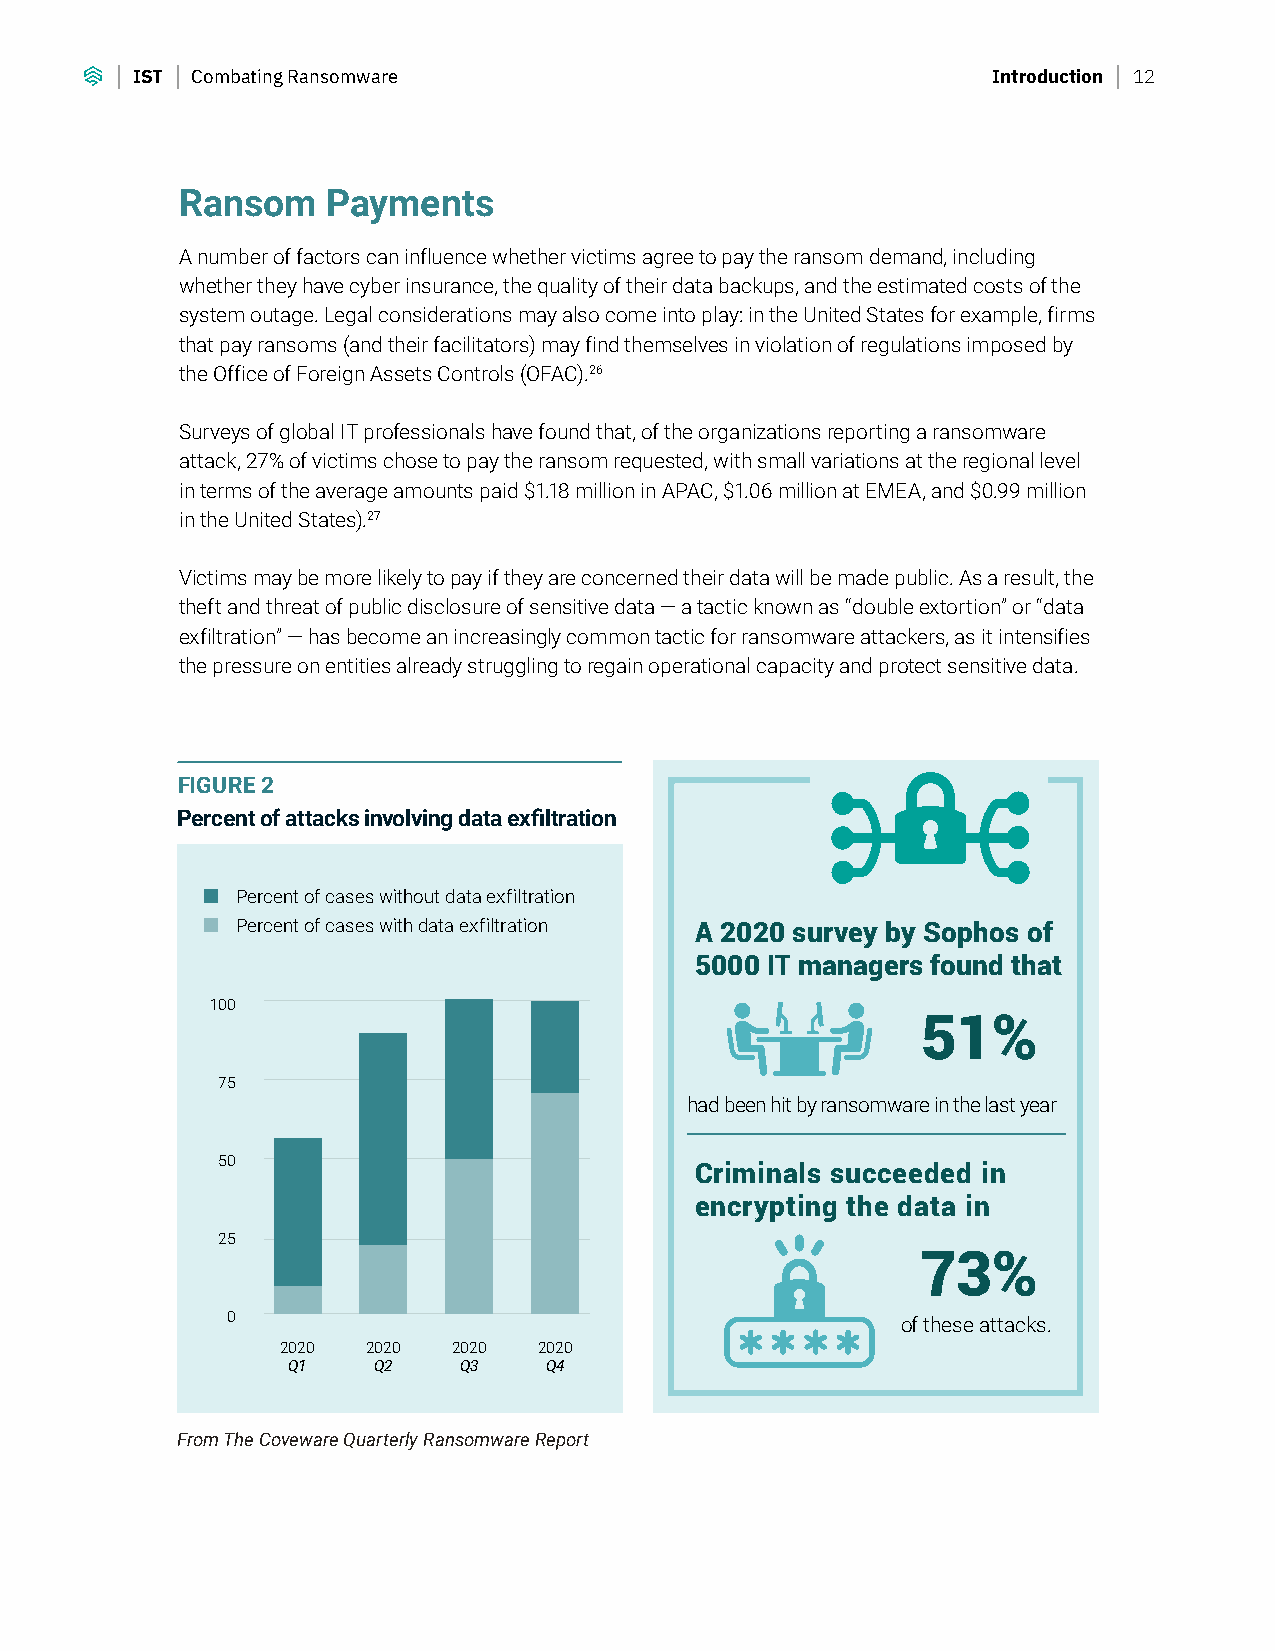
IST Combating Ransomware                                 Introduction 12
 Ransom    Payments
 A number of factors can influence whether victims agree to pay the ransom demand, including
 whether they have cyber insurance, the quality of their data backups, and the estimated costs of the
 system outage. Legal considerations may also come into play: in the United States for example, firms
 that pay ransoms (and their facilitators) may find themselves in violation of regulations imposed by
 the Office of Foreign Assets Controls (OFAC).26
 Surveys of global IT professionals have found that, of the organizations reporting a ransomware
 attack, 27% of victims chose to pay the ransom requested, with small variations at the regional level
 in terms of the average amounts paid $1.18 million in APAC, $1.06 million at EMEA, and $0.99 million
 in the United States).27
 Victims may be more likely to pay if they are concerned their data will be made public. As a result, the
 theft and threat of public disclosure of sensitive data — a tactic known as “double extortion” or “data
 exfiltration” — has become an increasingly common tactic for ransomware attackers, as it intensifies
 the pressure on entities already struggling to regain operational capacity and protect sensitive data.
 FIGURE 2
 Percent of attacks involving data exfiltration
 Percent of cases without data exfiltration
 Percent of cases with data exfiltration A 2020 survey by Sophos of
 5000 IT managers found that
 100
 51%
 75
 had been hit by ransomware in the last year
 50
 Criminals succeeded in
 encrypting the data in
 25
 73%
 0                                            of these attacks.
 2020 2020  2020  2020
 Q1    Q2   Q3    Q4
 From The Coveware Quarterly Ransomware Report